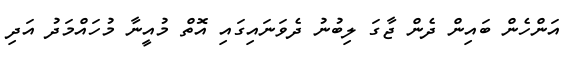
އަންހެން ބައިން ދެން ޖާގަ ލިބުނު ދެވަނައިގައި އޮތް މުއީނާ މުހައްމަދު އަދި